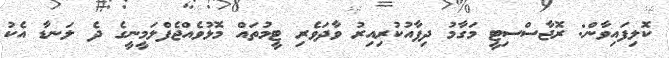
ކޮލިފައިވާން: ރޮޖާސްސިޓީ މަގާމު ދިފާއުކުރިއިރު ވާދަވެރި ޓީމުތައް މޮޅުވެއްޖެފްލަމީނީގެ ދެ ލަނޑާ އެކު